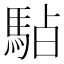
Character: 𱄚